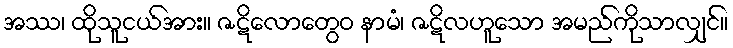
အဿ၊ ထိုသူငယ်အား။ ဇဋိလောတွေဝ နာမံ၊ ဇဋိလဟူသော အမည်ကိုသာလျှင်။